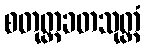
စတုတ္ထခတသုတ္တံ